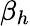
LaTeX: \beta_{h}